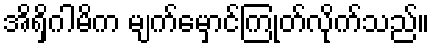
အိရှိဂါမိက မျက်မှောင်ကြုတ်လိုက်သည်။